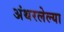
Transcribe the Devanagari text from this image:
अंथरलेल्या